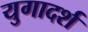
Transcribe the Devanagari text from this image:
युगादर्श